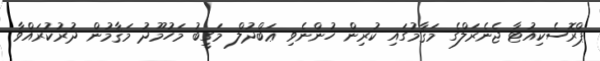
ޕްރޮސެކިއުޓާ ޖެނެރަލްގެ މަޤާމުގައި ކުރިން ހުންނެވި ޢަބްދުލް މަގީބު މަހުމޫދު މަޤާމުން ދުރުކުރައްވާ